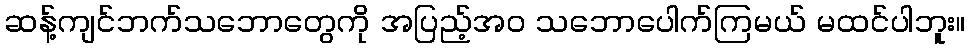
ဆန့်ကျင်ဘက်သဘောတွေကို အပြည့်အဝ သဘောပေါက်ကြမယ် မထင်ပါဘူး။